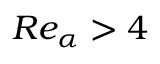
R e _ { \alpha } > 4